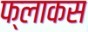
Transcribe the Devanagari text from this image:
फ्लाकस